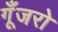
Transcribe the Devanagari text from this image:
गूँजरो